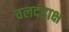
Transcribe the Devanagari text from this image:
चलदंडाक्ष